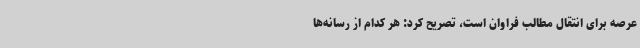
عرصه برای انتقال مطالب فراوان است، تصریح کرد: هر کدام از رسانه‌ها